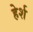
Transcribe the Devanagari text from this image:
हेर्श